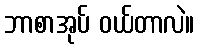
ဘာစာအုပ် ဝယ်တာလဲ။